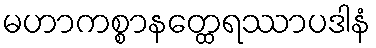
မဟာကစ္စာနတ္ထေရဿာပဒါနံ